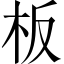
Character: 板